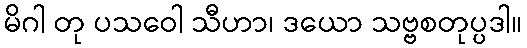
မိဂါ တု ပသဝေါ သီဟာ၊ ဒယော သဗ္ဗစတုပ္ပဒါ။